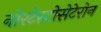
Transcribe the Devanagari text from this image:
नोरटेस्टोसेटेरोन